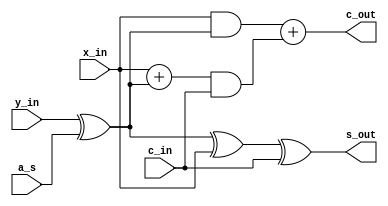
module Adder(

    output          s_out,
    output          c_out,

    input            y_in,
    input            x_in,
    input   [0:0]    c_in,
    input   [0:0]    a_s

);

//single 2's complement adder/subtractor
//inputs: x0, y_0 to be added/subtracted, as well as carry-in c0
//ouputs s0 and carry-out c1

    assign s_out = (y_in ^ a_s) ^ x_in ^ c_in;
    assign c_out = (x_in & (y_in ^ a_s)) + ((x_in + (y_in ^ a_s)) & c_in);


endmodule